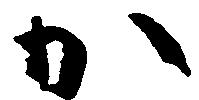
か